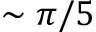
\sim \pi / 5